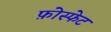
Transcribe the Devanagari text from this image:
फ़ोस्फेट